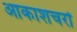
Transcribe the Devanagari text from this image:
आकाशचरों